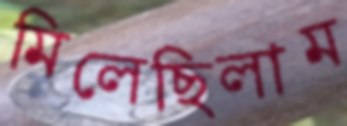
মিলেছিলাম